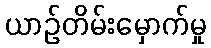
ယာဉ်တိမ်းမှောက်မှု